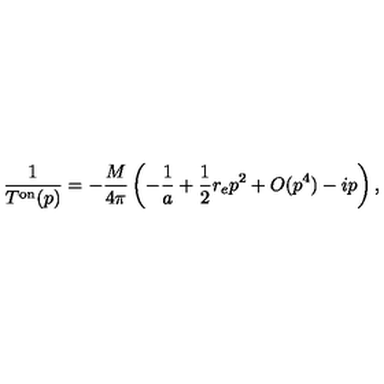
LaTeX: \frac { 1 } { T ^ { \mathrm { { o n } } } ( p ) } = - \frac { M } { 4 \pi } \left( - \frac { 1 } { a } + \frac { 1 } { 2 } r _ { e } p ^ { 2 } + O ( { p ^ { 4 } } ) - i p \right) ,